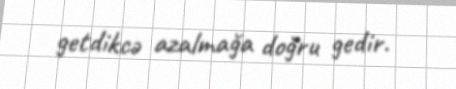
getdikcə azalmağa doğru gedir.